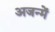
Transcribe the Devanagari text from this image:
अजन्में